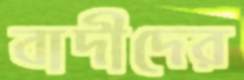
বাদীদের